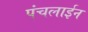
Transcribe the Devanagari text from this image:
पंचलाईन